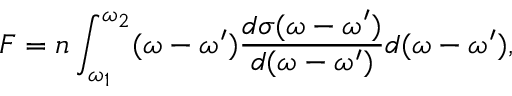
F = n \int _ { \omega _ { 1 } } ^ { \omega _ { 2 } } ( \omega - \omega ^ { \prime } ) \frac { d \sigma ( \omega - \omega ^ { \prime } ) } { d ( \omega - \omega ^ { \prime } ) } d ( \omega - \omega ^ { \prime } ) ,